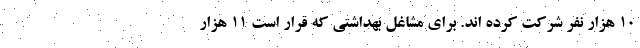
۱۰ هزار نفر شرکت کرده اند. برای مشاغل بهداشتی که قرار است ۱۱ هزار